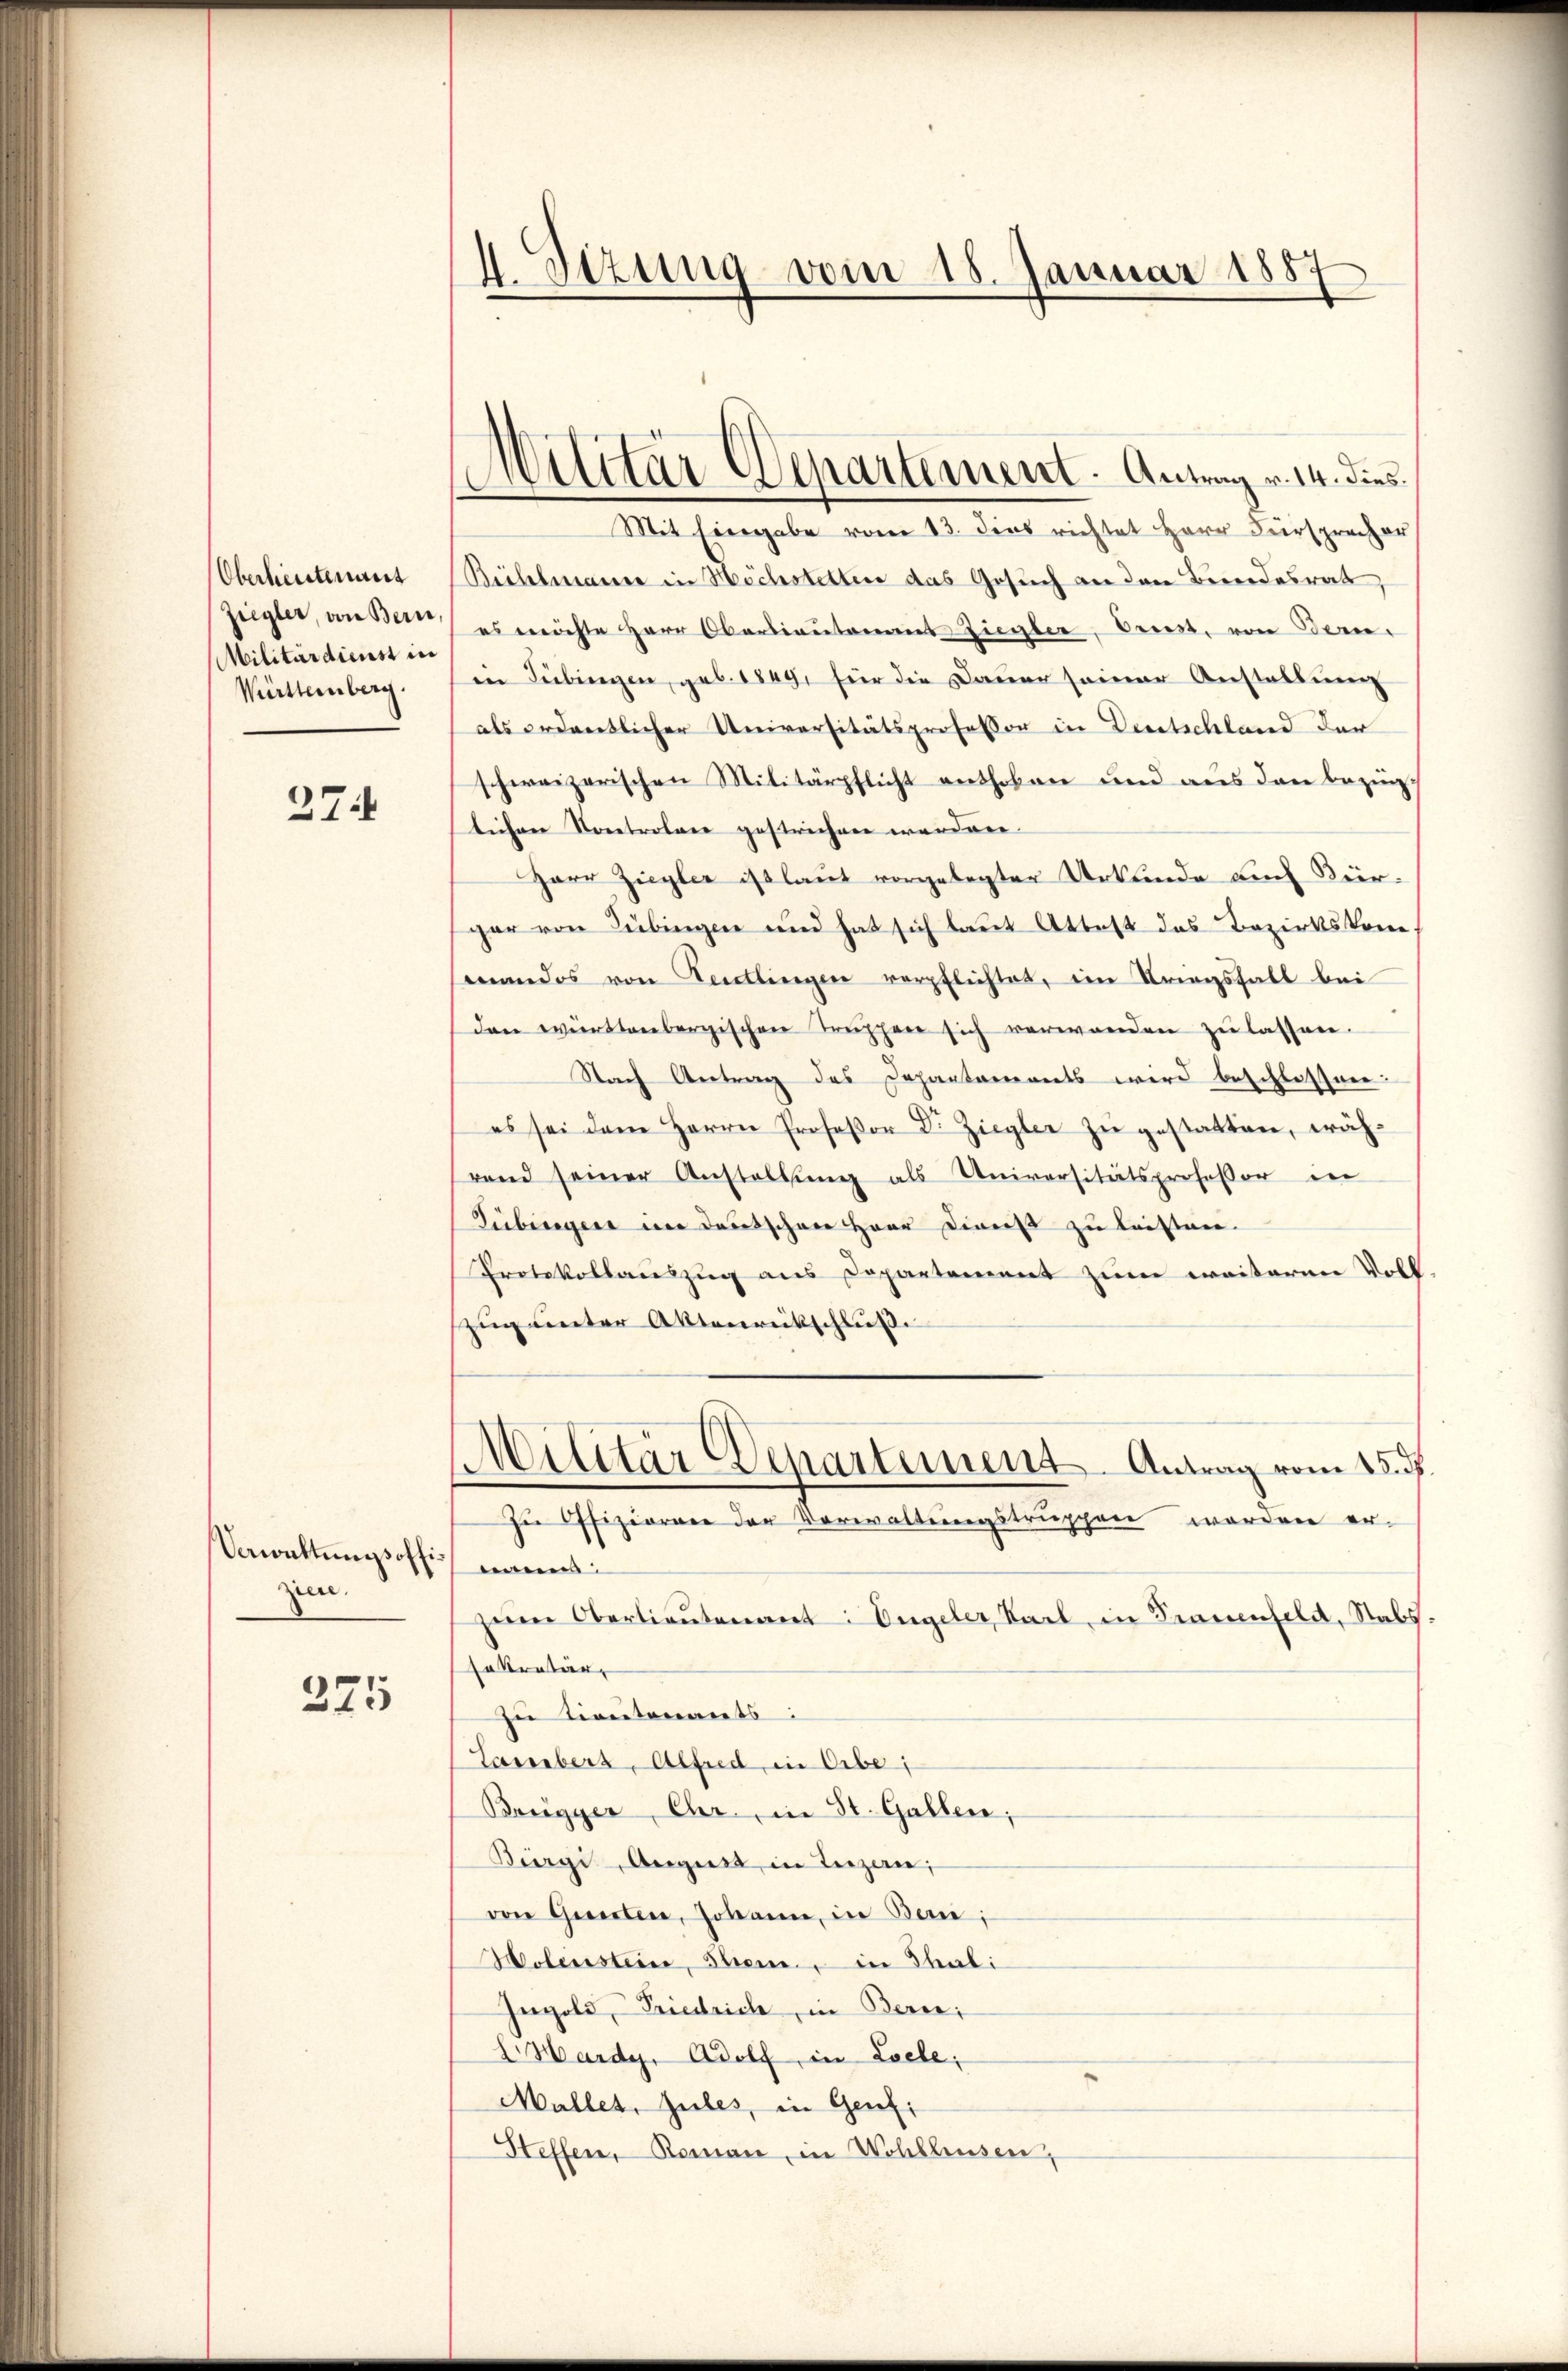
Oberleutenant
Ziegler, von Bern,
Militärdienst in
Württemberg.

274

Verrichtungsoffizien.

225

I. Sezung vom 18. Januar 1887

Militär Departement. Antrag v. 14. dies
Mit Eingabe vom 13. dies richtet Herr Fürspracher

Bühlmann in Höchstetten das Gesuch an den Bundesrath,
es möchte Herr Oberlieutenaus Ziegler, Oberst, von Bern.
in Tübingen, geb. 1849, für die Dauer seiner Anstellung
als ordentlicher Universitätsprofessor in Deutschland der
schweizerischen Militärpflicht enthoben und aus den bezugtichen Kontroler gestrichen worden.
Harr Ziegler ist laut vorgelegter Urkunde auch Bürgar von Tübingen und hat sich laut Attest das Bezirkskommandos von Feutlingen verpflichtet, im Kriegsfall bei
den wirktenbergischen Truphere sich verwenden zu lassen.
Nach Antrag des Departaments wird beschlossen:
es sei dem Herrn Professor Dr. Ziegler zu gestatten, während seiner Anstallŭng als Universitätsprofessor in
Tübinger im Deutschen Herr Diverst zu leisten.
Protokollauszug aus Departement zum weiteren Voll
zug unter Aktenrückschluß.
Militär Departement Antrag vom 15. ds
In Offizieren der Verwaltungstruppen worden ernann
zum Oberlieutenant: Engeler, Karl, in Trauenfeld, Stabs
sekretär
zu Lieutenants:
Lamberg, Alfred, in Orbe;
Bregger, Chr., in St. Gallen;
Bürgi, August in Luzern,
von Gunten, Johann, in Ban;
Holenstein, Stein, in Thal:
Ingold, Friedrich, in Berei;
I. Harde. Adolf, in Loele;
Mallet, zules, in Genfi
Steffen, Roman, in Wohllausen,